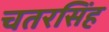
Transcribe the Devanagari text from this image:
चतरसिंह